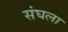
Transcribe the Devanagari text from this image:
संघला